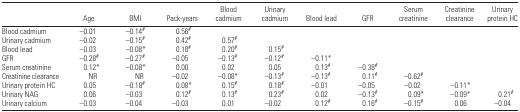
<table><thead><tr><td></td><td><b>Age</b></td><td><b>BMI</b></td><td><b>Pack-years</b></td><td><b>Blood cadmium</b></td><td><b>Urinary cadmium</b></td><td><b>Blood lead</b></td><td><b>GFR</b></td><td><b>Serum creatinine</b></td><td><b>Creatinine clearance</b></td><td><b>Urinary protein HC</b></td></tr></thead><tbody><tr><td>Blood cadmium</td><td>−0.01</td><td>−0.14#</td><td>0.56#</td><td></td><td></td><td></td><td></td><td></td><td></td><td></td></tr><tr><td>Urinary cadmium</td><td>−0.02</td><td>−0.15#</td><td>0.42#</td><td>0.57#</td><td></td><td></td><td></td><td></td><td></td><td></td></tr><tr><td>Blood lead</td><td>−0.03</td><td>−0.08*</td><td>0.18#</td><td>0.20#</td><td>0.15#</td><td></td><td></td><td></td><td></td><td></td></tr><tr><td>GFR</td><td>−0.28#</td><td>−0.27#</td><td>−0.05</td><td>−0.13#</td><td>−0.12#</td><td>−0.11*</td><td></td><td></td><td></td><td></td></tr><tr><td>Serum creatinine</td><td>0.12*</td><td>−0.08*</td><td>0.00</td><td>0.02</td><td>0.05</td><td>0.13#</td><td>−0.38#</td><td></td><td></td><td></td></tr><tr><td>Creatinine clearance</td><td>NR</td><td>NR</td><td>−0.02</td><td>−0.08*</td><td>−0.13#</td><td>−0.13#</td><td>0.11#</td><td>−0.62#</td><td></td><td></td></tr><tr><td>Urinary protein HC</td><td>0.05</td><td>−0.18#</td><td>0.08*</td><td>0.15#</td><td>0.18#</td><td>−0.01</td><td>−0.05</td><td>−0.02</td><td>−0.11*</td><td></td></tr><tr><td>Urinary NAG</td><td>0.06</td><td>−0.03</td><td>0.12#</td><td>0.13#</td><td>0.23#</td><td>0.02</td><td>−0.13#</td><td>0.09*</td><td>−0.09*</td><td>0.21#</td></tr><tr><td>Urinary calcium</td><td>−0.03</td><td>−0.04</td><td>−0.03</td><td>0.01</td><td>−0.02</td><td>0.12#</td><td>0.16#</td><td>−0.15#</td><td>0.06</td><td>−0.04</td></tr></tbody></table>